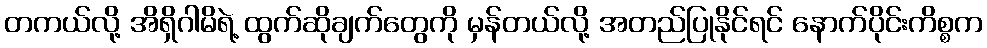
တကယ်လို့ အိရှိဂါမိရဲ့ ထွက်ဆိုချက်တွေကို မှန်တယ်လို့ အတည်ပြုနိုင်ရင် နောက်ပိုင်းကိစ္စက